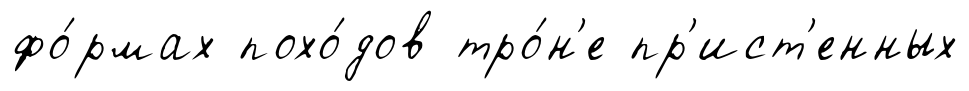
фо́рмах похо́дов тро́н'е пр'ист'енных